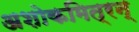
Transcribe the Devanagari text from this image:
अशोकमित्रन्